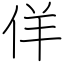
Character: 佯